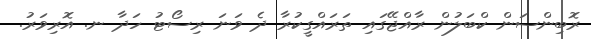
ރޮބިންސަން ކްބަލުން ރާއްޖޭގައި ތަރައްގީކުރާ ދެ ވަނަ ރިސޯޓު ހަދާ ނ. އޮރިވަރު.